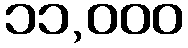
၁၁,၀၀၀